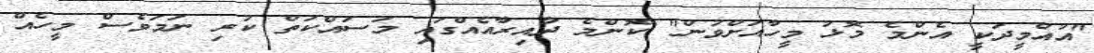
"އުއްމީދަކީ އެންމެ މޮޅު މީހާއަށްވުން" ކޮންމެ ދާއިރާއެއްގައި މަސައްކަތް ކުރި ނަމަވެސް މީހެއް